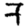
Digit: 7